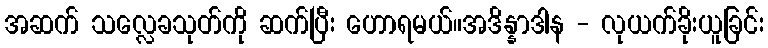
အဆက် သလ္လေခသုတ်ကို ဆက်ပြီး ဟောရမယ်။အဒိန္နာဒါန - လုယက်ခိုးယူခြင်း